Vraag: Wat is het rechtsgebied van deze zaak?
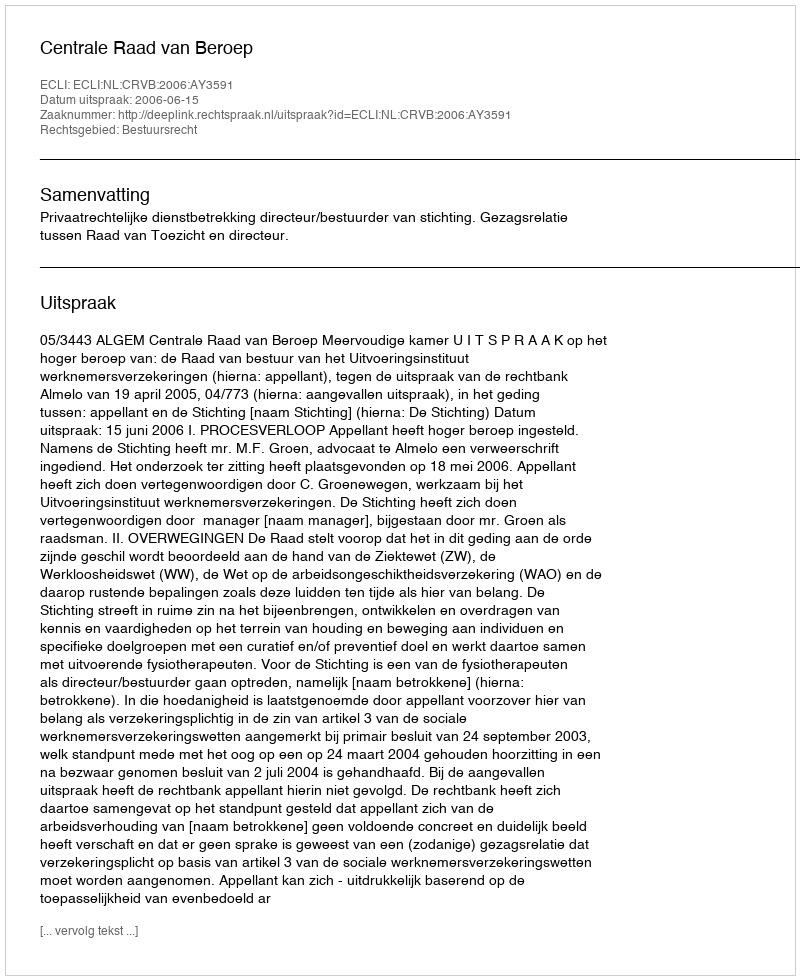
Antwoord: Bestuursrecht